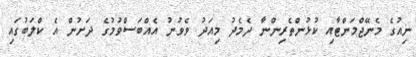
ނިއުގެ މެނޭޖްމަންޓާއި ކުޅުންތެރިންނާ ދެމެދު މިއަދު ވެވުނު އެއްބަސްވުމުގެ ދަށުން އެ ކްލަބުގައި